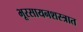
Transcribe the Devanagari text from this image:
भूरसायनशस्त्रात